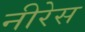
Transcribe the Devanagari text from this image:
नीरेस